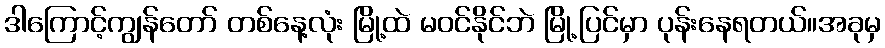
ဒါကြောင့်ကျွန်တော် တစ်နေ့လုံး မြို့ထဲ မဝင်နိုင်ဘဲ မြို့ပြင်မှာ ပုန်းနေရတယ်။အခုမှ